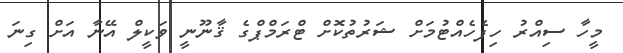
މީހާ ސިއްރު ހިފެހެއްޓުމަށް ޝަރުތުކޮށް ޓްރަމްޕްގެ ޤާނޫނީ ވަކީލް އޭނާ އަށް ގިނަ